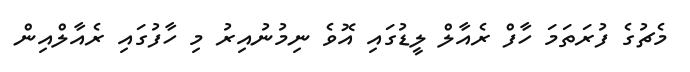
މެޗުގެ ފުރަތަމަ ހާފް ރެއާލް ލީޑުގައި އޮވެ ނިމުނުއިރު މި ހާފުގައި ރެއާލްއިން